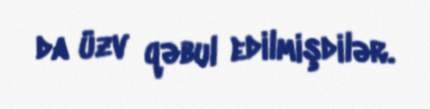
da üzv qəbul edilmişdilər.